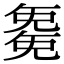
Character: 𭀱